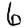
Digit: 6